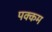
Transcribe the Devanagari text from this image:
पक्कम